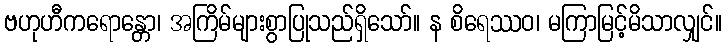
ဗဟုဟီကရောန္တော၊ အကြိမ်များစွာပြုသည်ရှိသော်။ န စိရေဿဝ၊ မကြာမြင့်မိသာလျှင်။